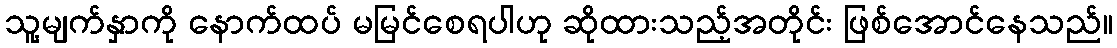
သူ့မျက်နှာကို နောက်ထပ် မမြင်စေရပါဟု ဆိုထားသည့်အတိုင်း ဖြစ်အောင်နေသည်။